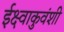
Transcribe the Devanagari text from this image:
ईक्ष्वाकुवंशी